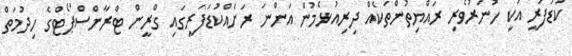
ކުޑަފަރީ އަކީ ހުނަރުވެރި ރައްޔިތުންތަކެއް ދިރިއުޅެމުން އަންނަ ރަށެއްކުޑަފަރީގައި ގްރީން ޓްރާންސްޕޯޓްގެ ހިދުމަތް